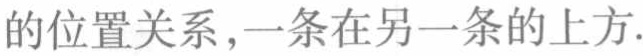
的位置关系，一条在另一条的上方.